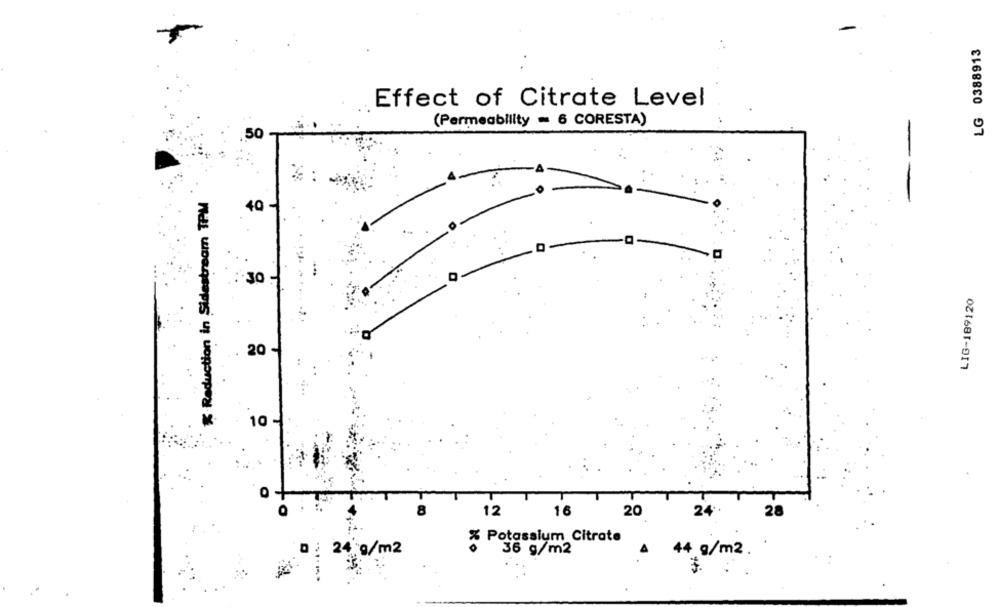
LG 0388913
Effect of Citrate Level
(Permeability = 6 CORESTA)
50
% Reduction in Sidestream TPM
40-
: 30 :
LIG-189120
20
10 -
0
12
16
20
24
28
% Potassium Citrate
D : 24 g/m2
36 g/m2
4
44 g/m2.